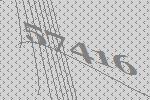
57416